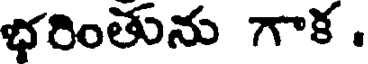
భరింతును గాక .